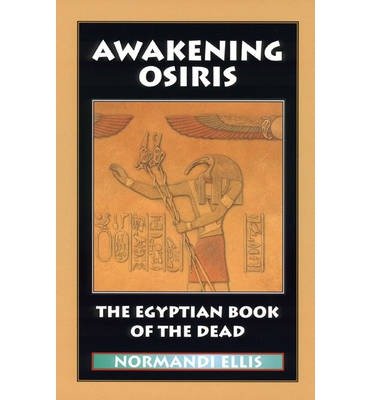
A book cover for [ [ [ Awakening Osiris: The Egyptian Book of the Dead (English, Egyptian) [ AWAKENING OSIRIS: THE EGYPTIAN BOOK OF THE DEAD (ENGLISH, EGYPTIAN) ] By Ellis, Normandi ( Author )Dec-12-1991 Paperback; Normandi Ellis; Religion & Spirituality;